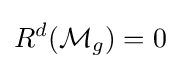
R^{d}({\mathcal {M}}_{g})=0